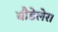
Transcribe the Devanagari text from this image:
बौडेलेर।